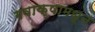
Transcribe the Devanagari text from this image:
गवाक्षामधून